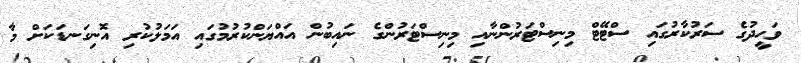
ވަހީދުގެ ސަރުކާރުގައި ސްޓޭޓް މިނިސްޓަރުންނާއި މިނިސްޓަރުންގެ ނައިބުން އައްޔަންކުރުމުގައި އަމަލުކުރި އޮނިގަނޑަކަށް މާ